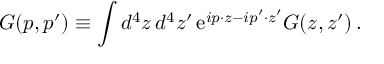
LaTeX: G ( p , p ^ { \prime } ) \equiv \int d ^ { 4 } z \, d ^ { 4 } z ^ { \prime } \, \mathrm { e } ^ { i p \cdot z - i p ^ { \prime } \cdot z ^ { \prime } } G ( z , z ^ { \prime } ) \, .